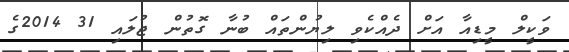
ވަކީލް މީޑިއާ އަށް ދެއްކެވި ލިޔުންތައް ބުނާ ގޮތުން ޖުލައި 31 2014ގެ